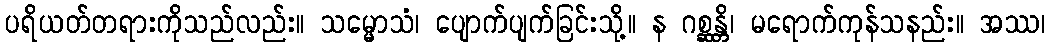
ပရိယတ်တရားကိုသည်လည်း။ သမ္မောသံ၊ ပျောက်ပျက်ခြင်းသို့။ န ဂစ္ဆန္တိ၊ မရောက်ကုန်သနည်း။ အဿ၊